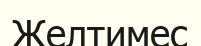
Желтимес